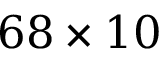
6 8 \times 1 0